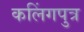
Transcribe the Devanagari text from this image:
कलिंगपुत्र